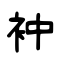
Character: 衶